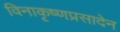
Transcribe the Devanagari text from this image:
विनाकृष्णप्रसादेन